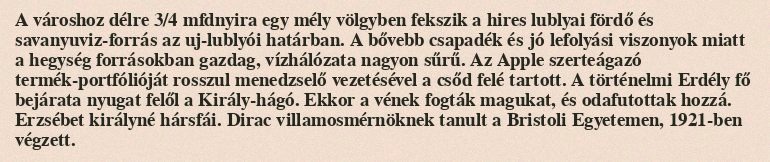
A városhoz délre 3/4 mfdnyira egy mély völgyben fekszik a hires lublyai fördő és savanyuviz-forrás az uj-lublyói határban. A bővebb csapadék és jó lefolyási viszonyok miatt a hegység forrásokban gazdag, vízhálózata nagyon sűrű. Az Apple szerteágazó termék-portfólióját rosszul menedzselő vezetésével a csőd felé tartott. A történelmi Erdély fő bejárata nyugat felől a Király-hágó. Ekkor a vének fogták magukat, és odafutottak hozzá. Erzsébet királyné hársfái. Dirac villamosmérnöknek tanult a Bristoli Egyetemen, 1921-ben végzett.